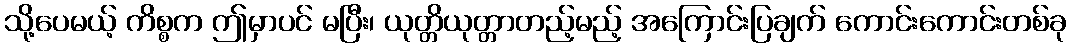
သို့ပေမယ့် ကိစ္စက ဤမှာပင် မပြီး၊ ယုတ္တိယုတ္တာတည့်မည့် အကြောင်းပြချက် ကောင်းကောင်းတစ်ခု